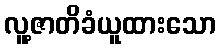
လူ့ဇာတိခံယူထားသော